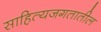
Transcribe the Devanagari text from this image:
साहित्यजगतातील